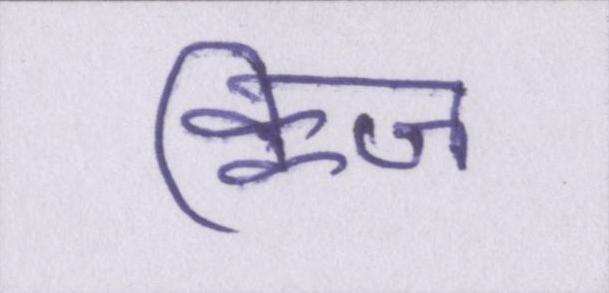
क्विज